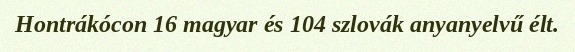
Hontrákócon 16 magyar és 104 szlovák anyanyelvű élt.